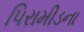
પિરામીડના